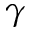
\gamma